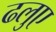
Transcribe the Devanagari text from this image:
ढलुए